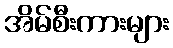
အိမ်စီးကားများ